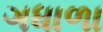
ગધાળા